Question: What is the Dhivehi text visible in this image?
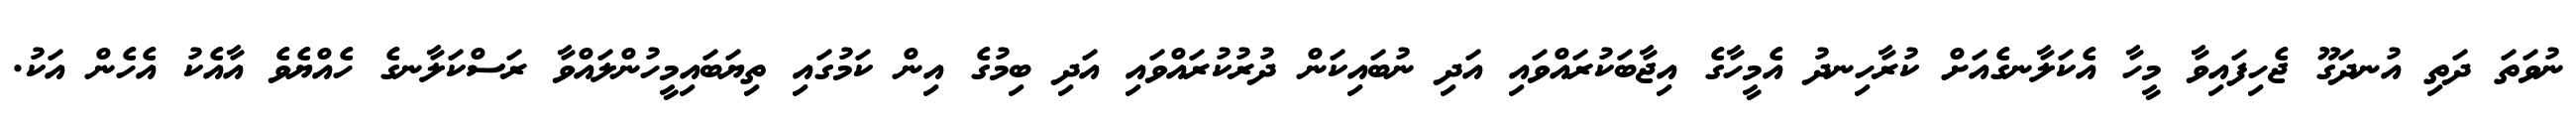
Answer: ނުވަތަ ދަތި އުނދަގޫ ޖެހިފައިވާ މީހާ އެކަލާނގެއަށް ކުރާހިނދު އެމީހާގެ އިޖާބަކުރައްވައި އަދި ނުބައިކަން ދުރުކުރައްވައި އަދި ބިމުގެ އިން ކަމުގައި ތިޔަބައިމީހުންލައްވާ ރަސްކަލާނގެ ހެއްޔެވެ އާއެކު އެހެން އަކު.